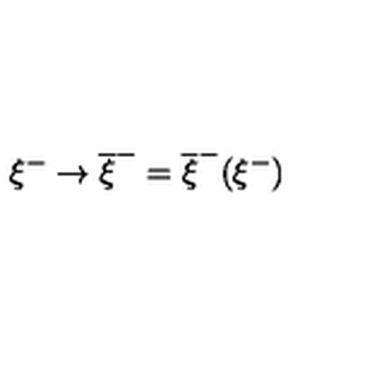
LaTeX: \xi ^ { - } \rightarrow \overline { { \xi } } ^ { - } = \overline { { \xi } } ^ { - } ( \xi ^ { - } )